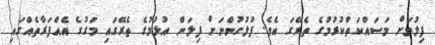
ފިލުމަށް މަސައްކަތްކުރުމުގެ ތެރޭގަ އެވެ. ފުލުހުންނަށް ފިލަން އުޅުމުގެ ތެރޭގައި މަގުގެ އެއްފަރާތެއްގައި